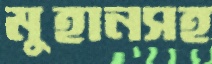
মুহানসহ